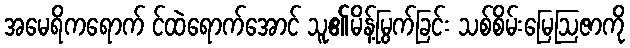
အမေရိကရောက် င်ထဲရောက်အောင် သူ၏မိန့်မြွက်ခြင်း သစ်စိမ်းမြေဩဇာကို